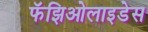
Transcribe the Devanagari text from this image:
फॅझिओलाइडेस